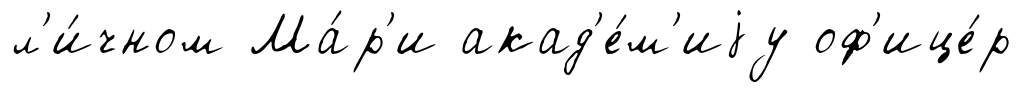
л'и́чном Ма́р'и акад'е́м'иjу оф'ице́р